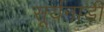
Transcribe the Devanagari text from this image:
सूर्यनाड़ी